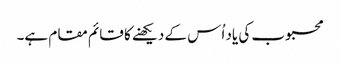
محبوب کی یاد اُس کے دیکھنے کا قائم مقام ہے۔